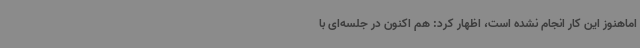
اماهنوز این کار انجام نشده است، اظهار کرد: هم اکنون در جلسه‌ای با